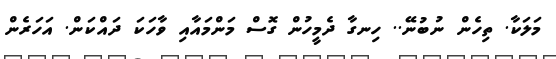
މަލަކާ. ތިހެން ނުބުނޭ.. ހިނގާ ދެމީހުން ގޮސް މަންމައާއި ވާހަކަ ދައްކަން. އަހަރެން